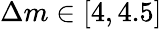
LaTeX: \Delta m\in[4,4.5]